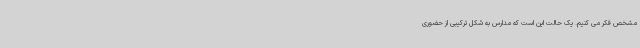
مشخص فکر می کنیم. یک حالت این است که مدارس به شکل ترکیبی از حضوری